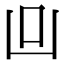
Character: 𠙼